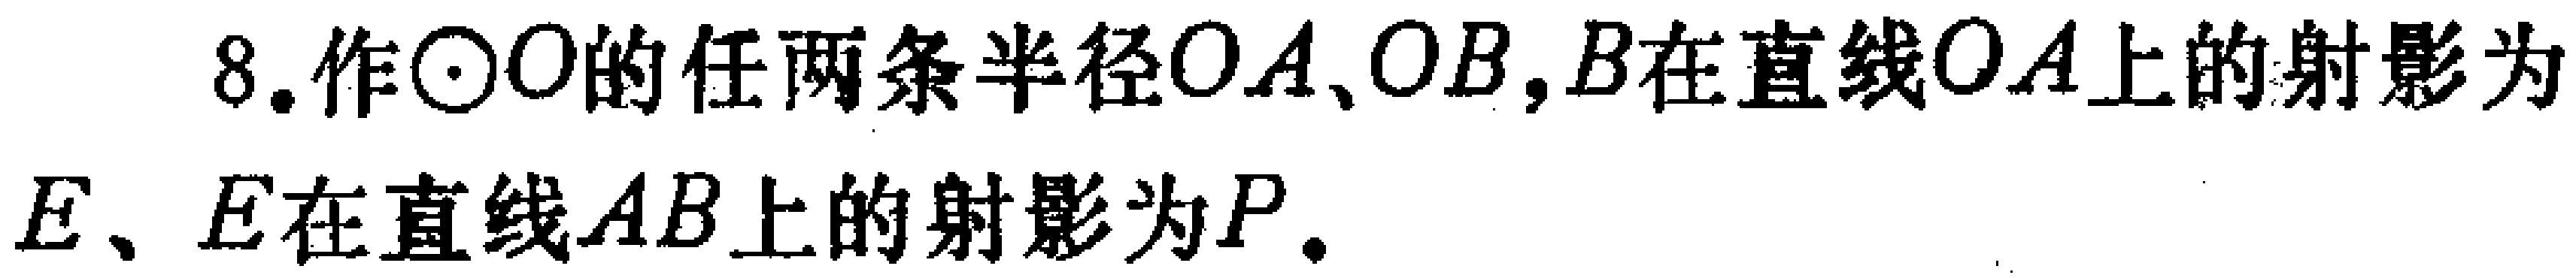
8. 作\(\odot O\)的任两条半径\(OA、OB\)，\(B\)在直线\(OA\)上的射影为\(E\)、\(E\)在直线\(AB\)上的射影为\(P\)。